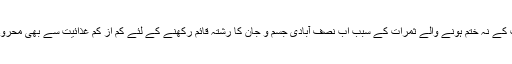
اب جمہوریت کے نہ ختم ہونے والے ثمرات کے سبب اب نصف آبادی جسم و جان کا رشتہ قائم رکھنے کے لئے کم از کم غذائیت سے بھی محروم ہو گئی ہے۔